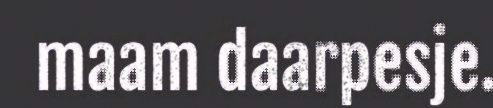
maam daarpesje.